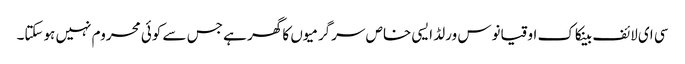
سی ای لائف بینکاک اوقیانوس ورلڈ ایسی خاص سرگرمیوں کا گھر ہے جس سے کوئی محروم نہیں ہوسکتا۔